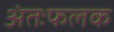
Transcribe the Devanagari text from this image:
अंतःफलक